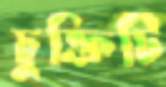
চুক্তিটি